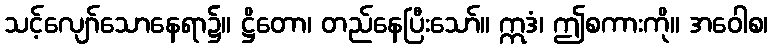
သင့်လျော်သောနေရာ၌။ ဋ္ဌိတော၊ တည်နေပြီးသော်။ ဣဒံ၊ ဤစကားကို။ အဝေါစ၊